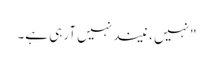
"نہیں ، نیند نہیں آرہی ہے۔